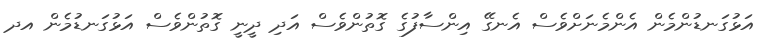
އަޅުގަނޑުންމެން އެންމެނަށްވެސް އެނގޭ އިންސާފުގެ ގޮތުންވެސް އަދި ދީނީ ގޮތުންވެސް އަޅުގަނޑުމެން އދ